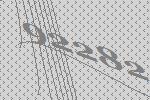
92282